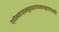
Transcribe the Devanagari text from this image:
व्योमवाय्वम्बुवह्न्याख्यभूतान्यासीत्